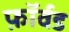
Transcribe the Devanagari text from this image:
फ़ॉर्वड